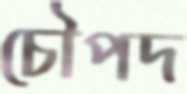
চৌপদ